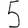
Digit: 5